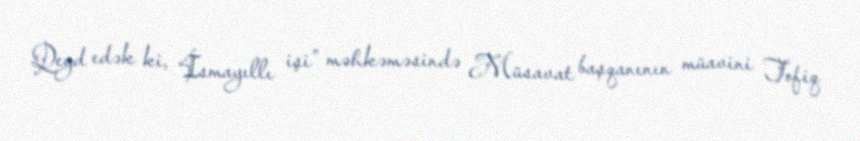
Qeyd edək ki, “İsmayıllı işi” məhkəməsində Müsavat başqanının müavini Tofiq